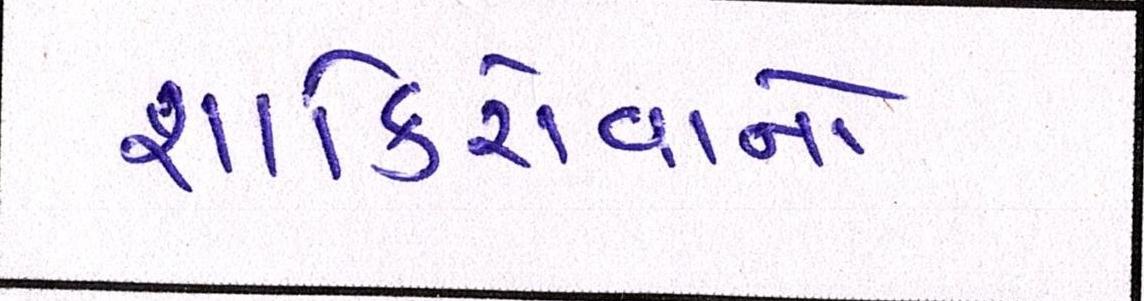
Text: શાકિરોવાનો